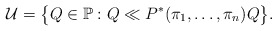
\begin{gather*}\mathcal{U}=\bigl\{Q\in\mathbb{P}:Q\ll P^*(\pi_1,\ldots,\pi_n)Q\bigr\}.\end{gather*}